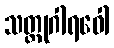
သတ္ထုဂါရဝေါ